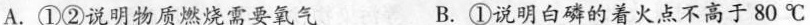
A.①②说明物质燃烧需要氧气 B.①说明白磷的着火点不高于80℃